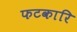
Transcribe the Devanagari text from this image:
फटकारि